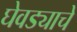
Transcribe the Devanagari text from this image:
घेवड्याचे